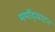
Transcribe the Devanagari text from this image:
मर्मोद्धाटन